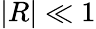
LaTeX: |R|\ll 1